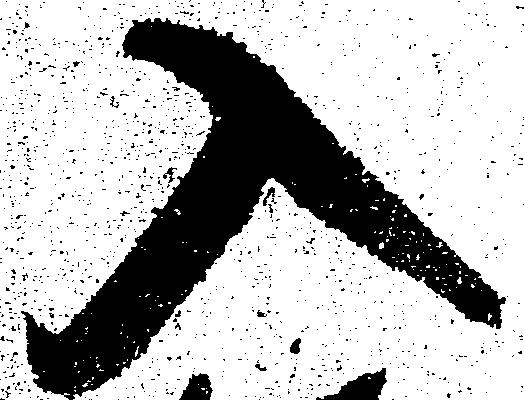
入